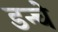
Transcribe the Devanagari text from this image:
डन्चे